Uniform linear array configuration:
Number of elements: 32
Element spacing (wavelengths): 0.5
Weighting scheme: cosine
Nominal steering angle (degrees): -30
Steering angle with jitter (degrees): -31.919
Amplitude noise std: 0.05
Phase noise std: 0.05

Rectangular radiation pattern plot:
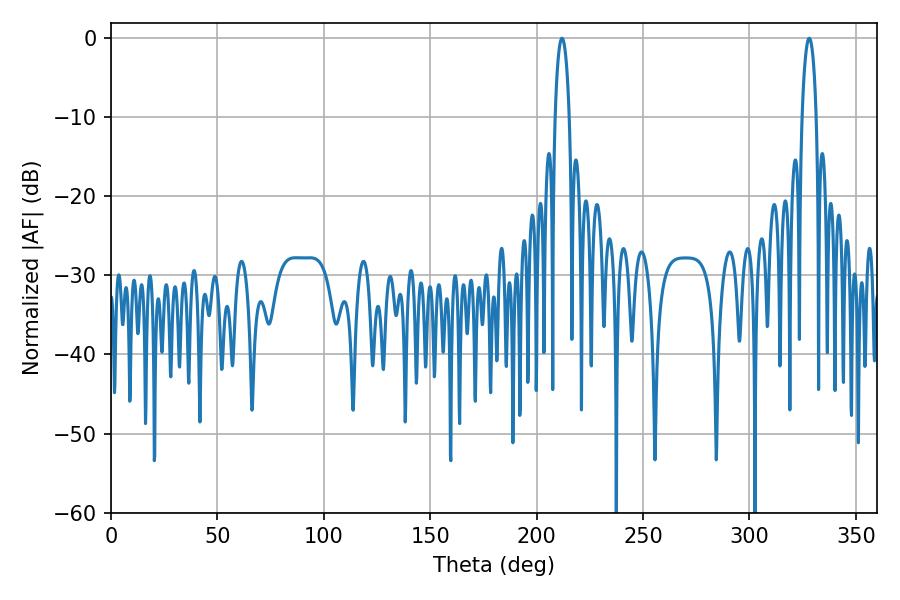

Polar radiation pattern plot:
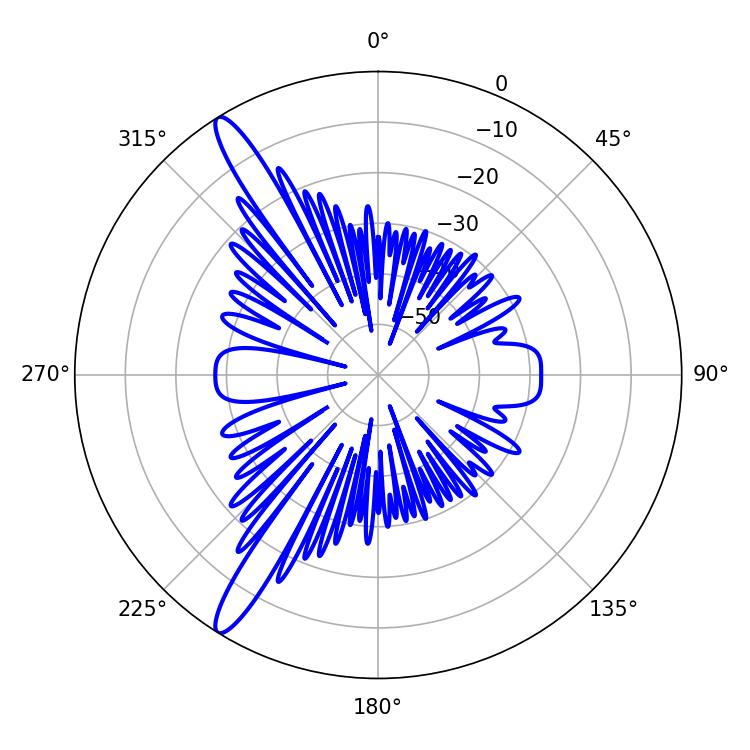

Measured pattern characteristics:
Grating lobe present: FALSE
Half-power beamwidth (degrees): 3.78
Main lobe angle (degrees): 328.14